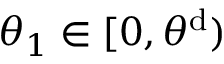
\theta _ { 1 } \in [ 0 , \theta ^ { \mathrm { d } } )